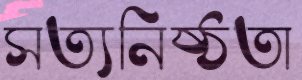
সত্যনিষ্ঠতা